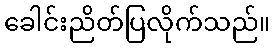
ခေါင်းညိတ်ပြလိုက်သည်။